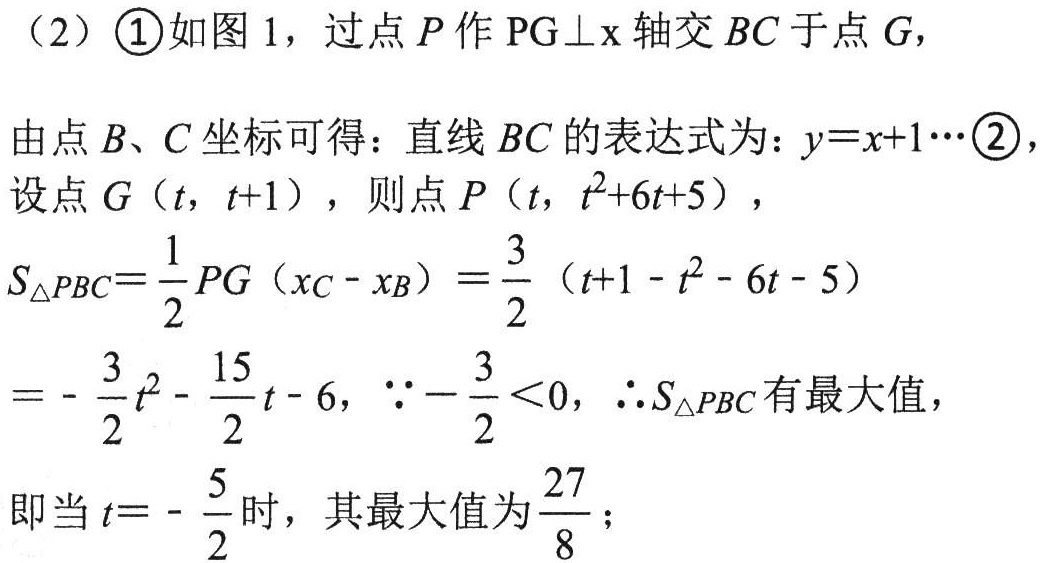
(2) \textcircled{1}如图 1，过点 \(P\) 作 \(PG\perp x\) 轴交 \(BC\) 于点 \(G\)，
由点 \(B、C\) 坐标可得：直线 \(BC\) 的表达式为：\(y = x + 1\cdots\textcircled{2}\)，
设点 \(G(t, t + 1)\)，则点 \(P(t, t^{2}+6t + 5)\)，
\(S_{\triangle PBC}=\frac{1}{2}PG(x_{C}-x_{B})=\frac{3}{2}(t + 1 - t^{2}-6t - 5)\)
\(=-\frac{3}{2}t^{2}-\frac{15}{2}t - 6\)，\(\because-\frac{3}{2}<0\)，\(\therefore S_{\triangle PBC}\) 有最大值，
即当 \(t =-\frac{5}{2}\) 时，其最大值为 \(\frac{27}{8}\)；